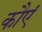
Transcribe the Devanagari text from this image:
कौएं